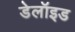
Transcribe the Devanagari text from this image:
डेलॉइड